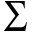
\displaystyle \sum